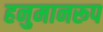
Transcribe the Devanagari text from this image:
हनुमानरूप